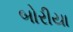
બોરીયા